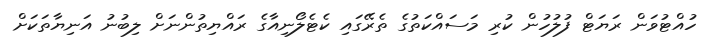
ހުއްޓުވަން ރަޔަޓް ފުލުހުން ކުރި މަސައްކަތުގެ ތެރޭގައި ކެޓެލޯނިއާގެ ރައްޔިތުންނަށް ލިބުނު އަނިޔާތަކަށް